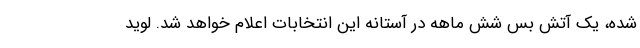
شده، یک آتش بس شش ماهه در آستانه این انتخابات اعلام خواهد شد. لوید